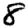
Digit: 8